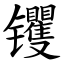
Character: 䦆